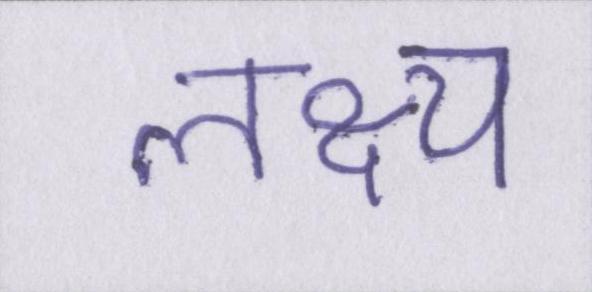
लक्ष्य